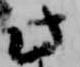
此